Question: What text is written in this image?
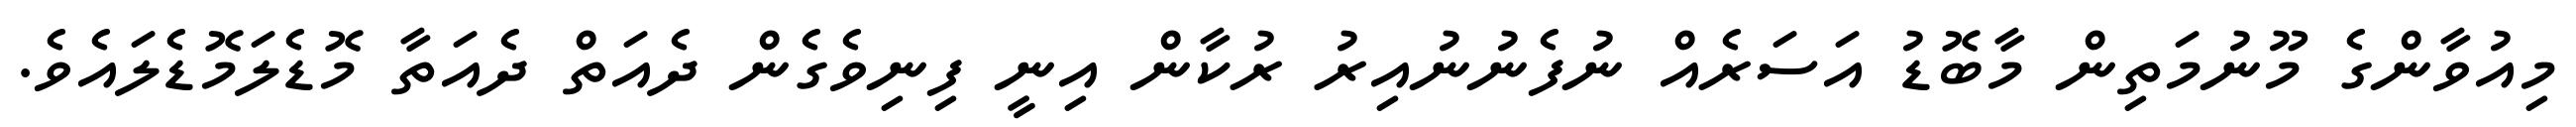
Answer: މިއުވާންގެ މޫނުމަތިން މާބޮޑު އަސަރެއް ނުފެނުނުއިރު ރުކާން އިނީ ފިނިވެގެން ދެއަތް ދެއަތާ މޮޑެލަމޮޑެލައެވެ.